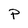
Character: P